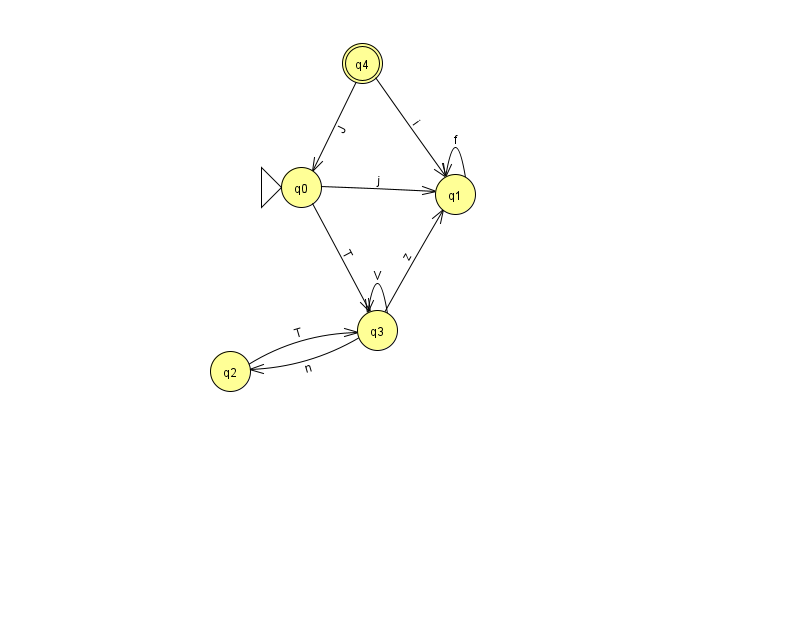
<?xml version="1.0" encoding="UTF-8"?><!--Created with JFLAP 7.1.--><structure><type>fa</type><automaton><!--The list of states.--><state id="0" name="q0"><x>301.0</x><y>174.0</y><initial/></state><state id="1" name="q1"><x>455.0</x><y>181.0</y></state><state id="2" name="q2"><x>230.0</x><y>358.0</y></state><state id="3" name="q3"><x>377.0</x><y>317.0</y></state><state id="4" name="q4"><x>362.0</x><y>50.0</y><final/></state><!--The list of transitions.--><transition><from>3</from><to>1</to><read>z</read></transition><transition><from>3</from><to>2</to><read>n</read></transition><transition><from>1</from><to>1</to><read>f</read></transition><transition><from>3</from><to>3</to><read>V</read></transition><transition><from>2</from><to>3</to><read>T</read></transition><transition><from>4</from><to>1</to><read>i</read></transition><transition><from>0</from><to>1</to><read>j</read></transition><transition><from>4</from><to>0</to><read>J</read></transition><transition><from>0</from><to>3</to><read>T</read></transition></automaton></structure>